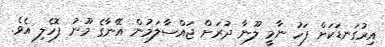
އިރުގަނޑަކަށް ފަހު ނާމީ ލޫނާ ދުރަށް ޖައްސާލަމުން އޭނާގެ މޫނު ފޮހެލި އެވެ.